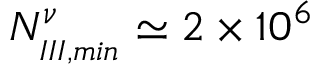
N _ { _ { I I I , m i n } } ^ { \nu } \simeq 2 \times 1 0 ^ { 6 }